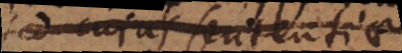
ex cujus sententia